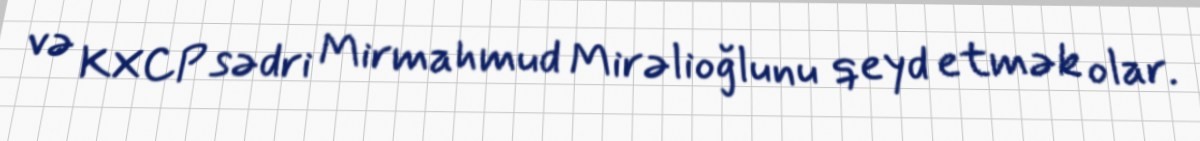
və KXCP sədri Mirmahmud Mirəlioğlunu qeyd etmək olar.